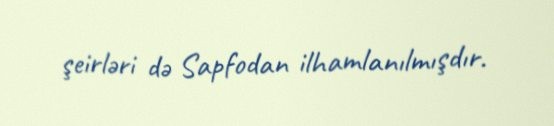
şeirləri də Sapfodan ilhamlanılmışdır.